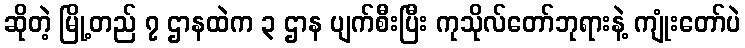
ဆိုတဲ့ မြို့တည် ၇ ဌာနထဲက ၃ ဌာန ပျက်စီးပြီး ကုသိုလ်တော်ဘုရားနဲ့ ကျုံးတော်ပဲ